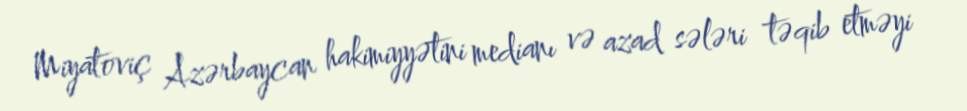
Miyatoviç Azərbaycan hakimiyyətini medianı və azad sələri təqib etməyi